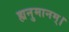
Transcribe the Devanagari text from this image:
ह्यनुमानम्।